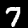
Digit: 7